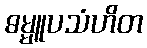
ဓမ္မူပသံဟိတ